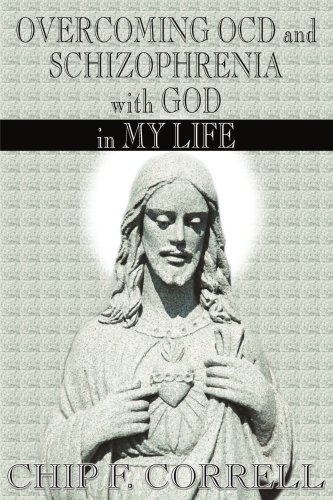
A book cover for Overcoming OCD and Schizophrenia with God in My Life; Chip Correll; Health, Fitness & Dieting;